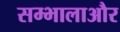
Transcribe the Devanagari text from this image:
सम्भालाऔर